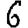
Digit: 6